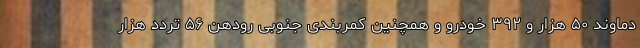
دماوند ۵۰ هزار و ۳۹۲ خودرو و همچنین کمربندی جنوبی رودهن ۵۶ تردد هزار